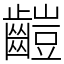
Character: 䶣